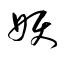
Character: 妖